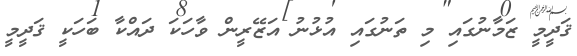
ޤަދީމީ ޒަމާނުގައި މި ތަނުގައި އުޅުނު އަޒޭރީން ވާހަކަ ދައްކާ ބަހަކީ ޤަދީމީ